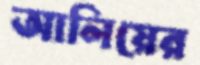
আলিয়ের